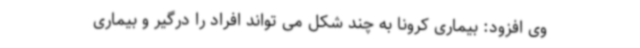
وی افزود: بیماری کرونا به چند شکل می تواند افراد را درگیر و بیماری